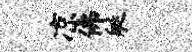
凉佛艇